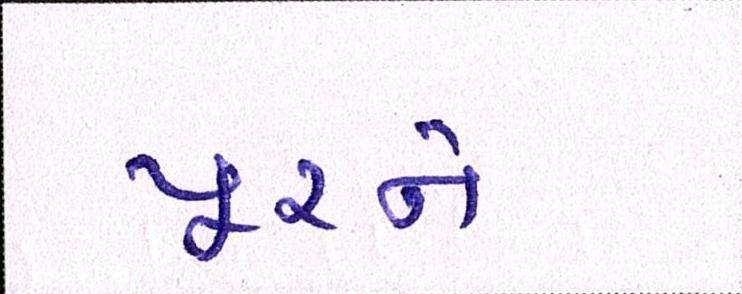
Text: પૂરને